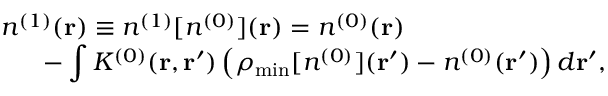
\begin{array} { l } { { \displaystyle n ^ { ( 1 ) } ( { \bf r } ) \equiv n ^ { ( 1 ) } [ n ^ { ( 0 ) } ] ( { \bf r } ) = n ^ { ( 0 ) } ( { \bf r } ) } \ ~ } \\ { { \displaystyle ~ ~ ~ ~ ~ - \int K ^ { ( 0 ) } ( { \bf r , r ^ { \prime } } ) \left( \rho _ { \mathrm { m i n } } [ n ^ { ( 0 ) } ] ( { \bf r ^ { \prime } } ) - n ^ { ( 0 ) } ( { \bf r ^ { \prime } } ) \right) d { \bf r ^ { \prime } } } , } \end{array}